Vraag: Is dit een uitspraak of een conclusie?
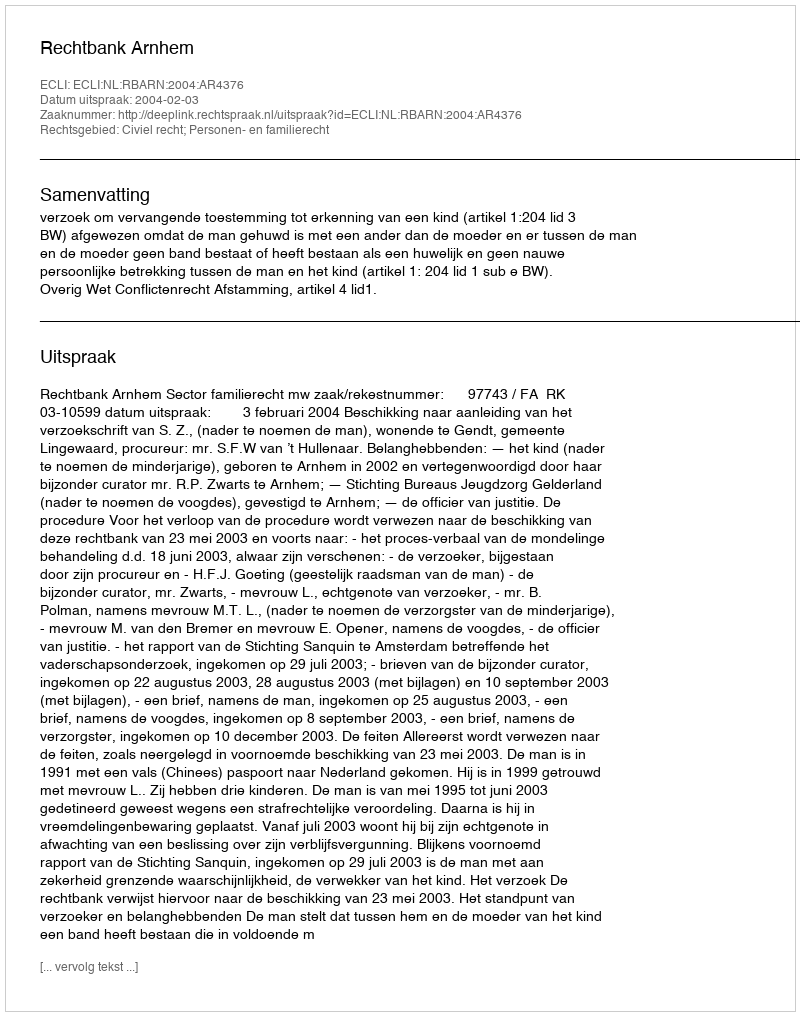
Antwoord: Uitspraak